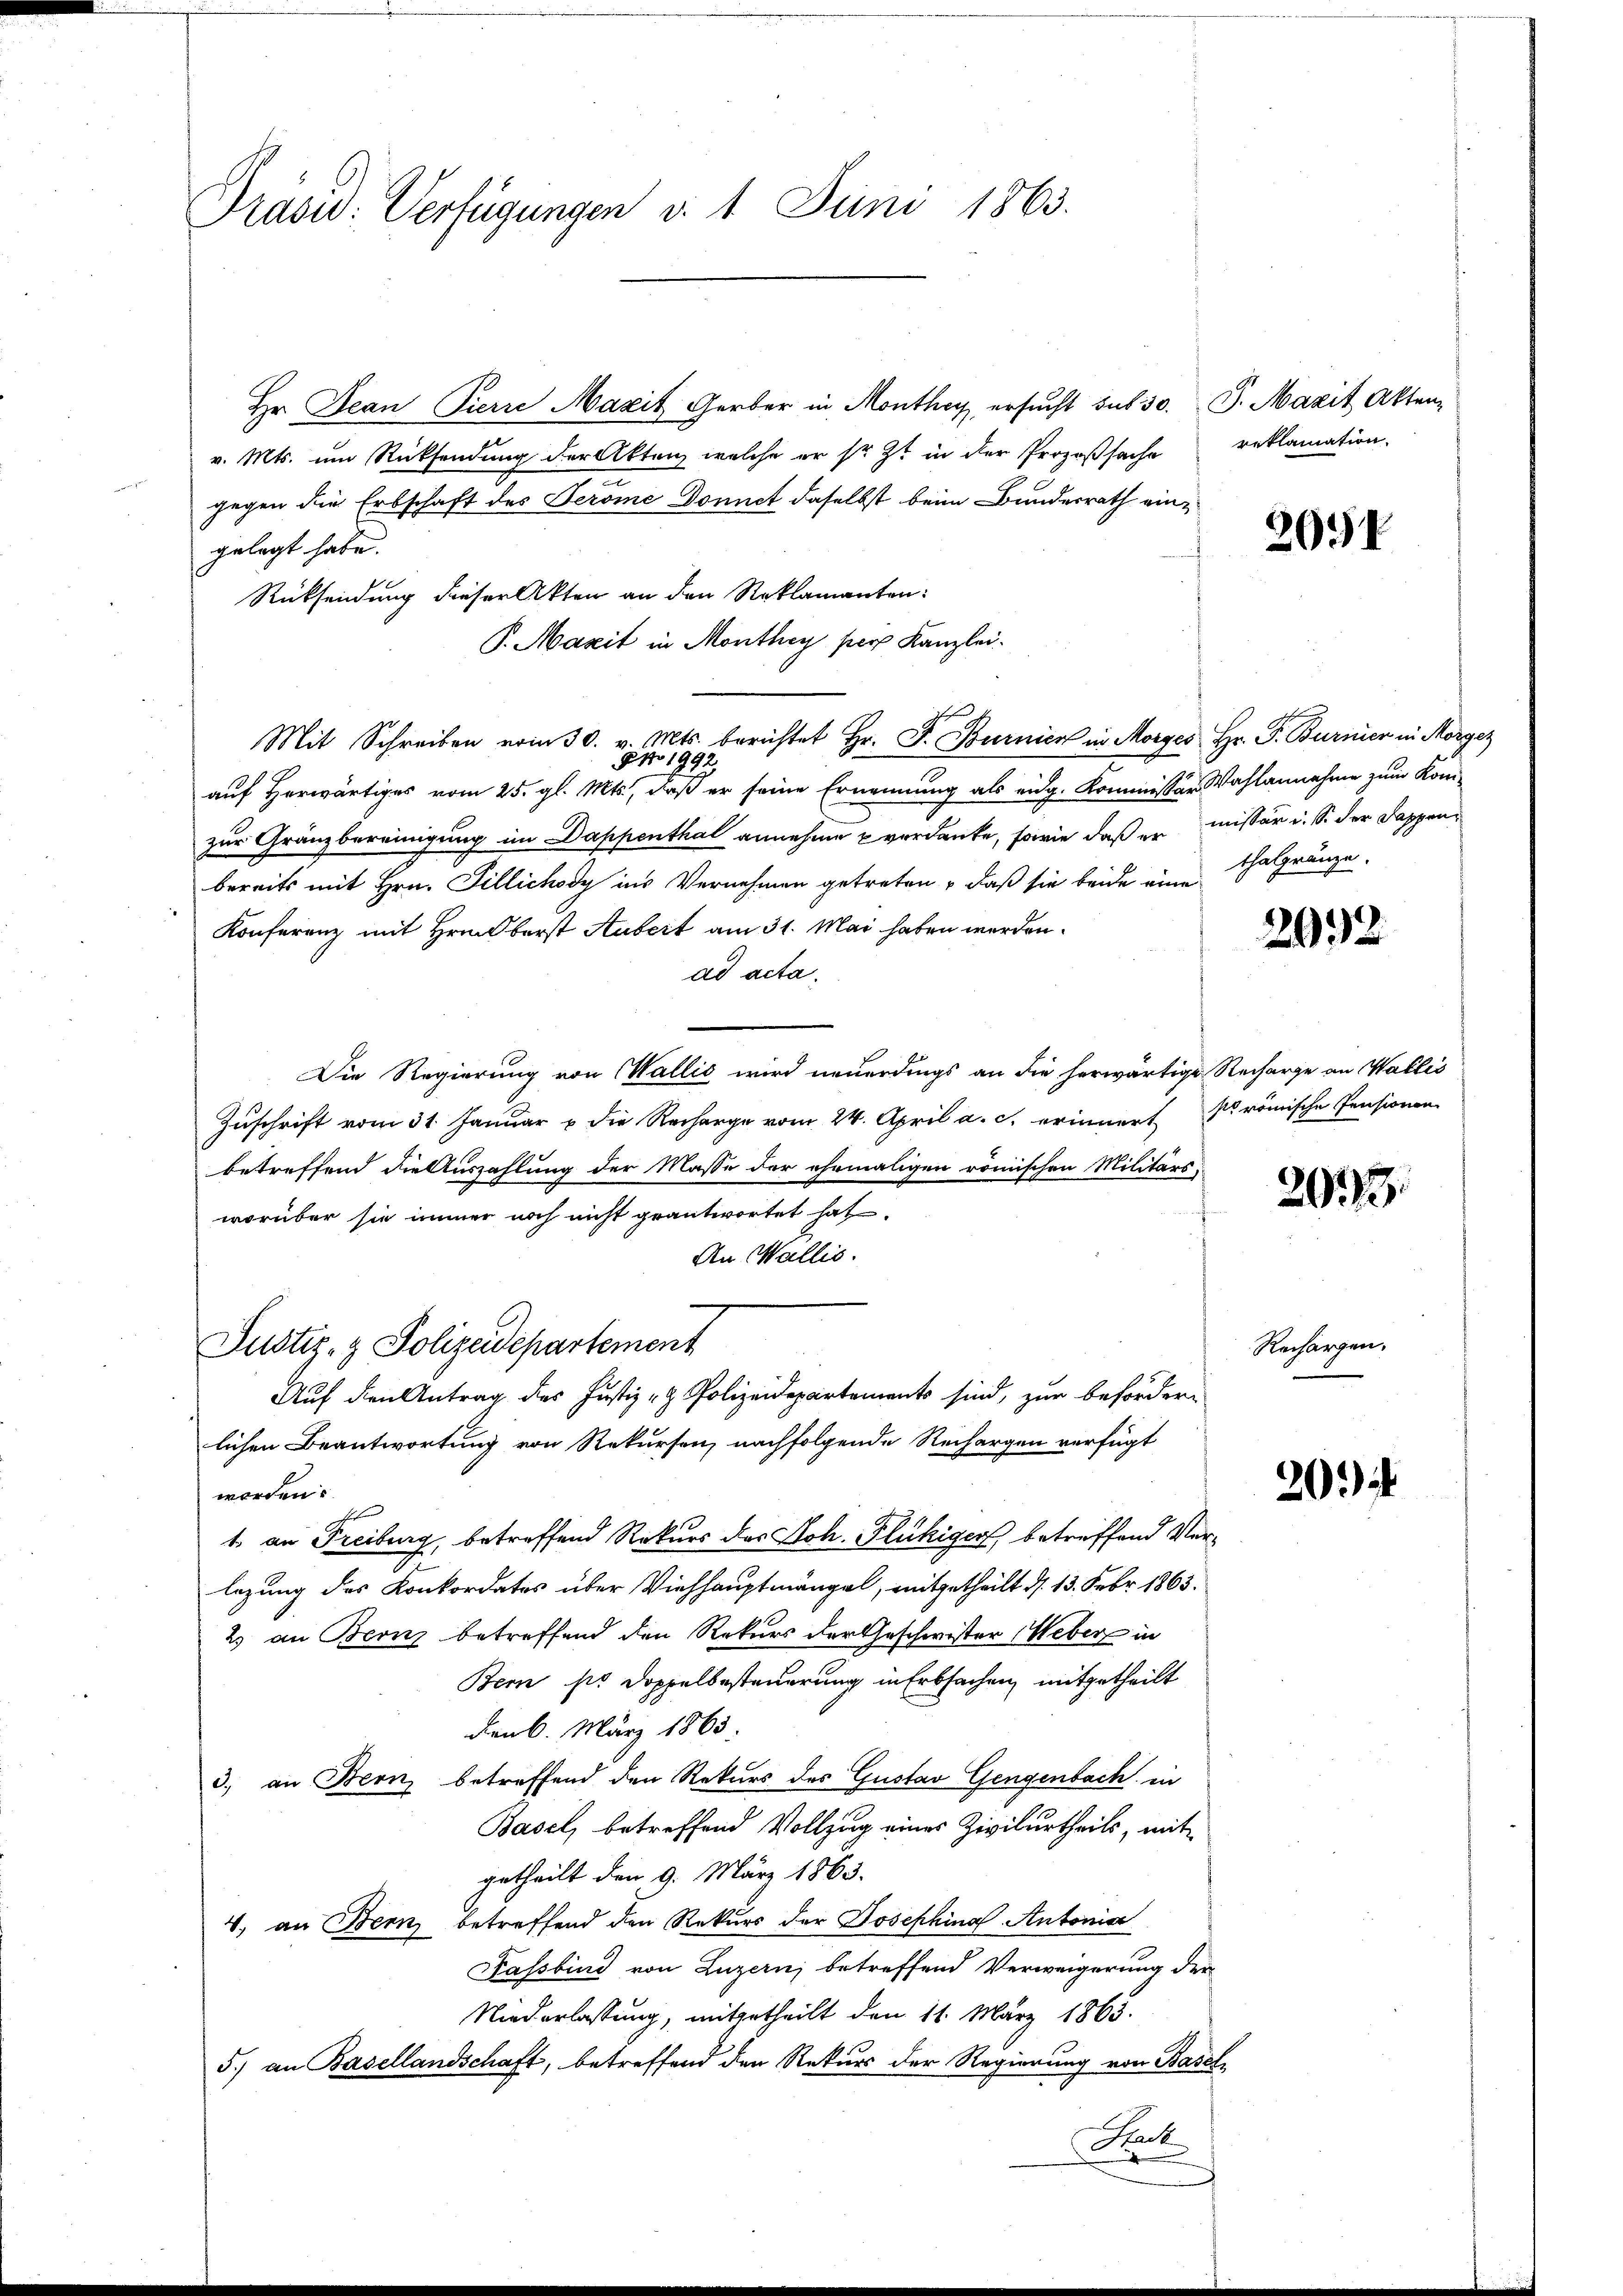
Präsid. Verfügungen d. 1. Juni 1863.

Hr. Jean Pierre Mazit Gerber in Monthey ersucht sub 30. J. Marit Akten
v. Mts. um Rücksendung der Akten, welche er sr. Zt. in der Prozeßsache
gegen die Erbschaft des Jerome Donnet daselbst beim Bundesrath eingelegt habe.
Rücksendung dieser Akten an den Reklamanten:
84
auf Herwärtiges vom 25. gl. Mts., daß er seine Ernennung als eidg. Kommissor Wahlannahme zum Kon-
zur Gränzbereinigung im Dappenthal annehme verdanke, sowie daß er missär i. S. der Kappenbereits mit Hrn. Tillichody ins Vernehmen getreten, daß sie beide eine
Konferenz mit Hrn. Oberst Aubert am 31. Mai haben werden.
ad acta.
Die Regierung von Wallis wird neuerdings an die herwärtige Recharge an Wallis
Zuschrift vom 31. Januar u die Recharge vom 24. April a. c. erinnerts römische Pensionen
betreffend die Auszahlung der Masse der ehemaligen römischen Militärs,
worüber sie immer noch nicht geantwortet hat.
An Wallis.
Justiz- & Polizeidepartement
Auf den Antrag des Justiz- & Polizeidepartements sind, zur befördern
lichen Beantwortung von Rekursen, nachfolgende Rechargen verfügt
worden.
t an Freiburg, betreffend Rekurs des Joh. Fluhiger, betreffend Ver¬
.
legung des Konkordates über Viehhauptmängel, mitgetheilt d. 13. Febr. 1863.
2 an Bernz betreffend den Rekurs der Geschwister Weber in
Bern sie Doppelbesteuerung in Erbsachen, mitgetheilt
den 6. März 1863.
3., an Bern, betreffend den Rekurs des Gustav Gengenbach in
Basel, betreffend Vollzug eines Zivilurtheils, mit
getheilt den 9. März 1863.
4. an Bern betreffend den Rekurs der Josephinal-Antonia
Fassbind von Luzern, betreffend Verweigerung der
Niederlassung, mitgetheilt den 11. März 1863.
5.) an Basellandschaft, betreffend den Rekurs der Regierung von Basel
Reck

P.Mazit in Monthey pers Kanzlei.
Mit Schreiben vom 30. v. Mts. berichtet Hr. F. Burnier in Morges Hr. P. Burnier in Morgez
179.

reklamation.

2094

Thalgränze.

2992

2033

Rechargen.

20.)